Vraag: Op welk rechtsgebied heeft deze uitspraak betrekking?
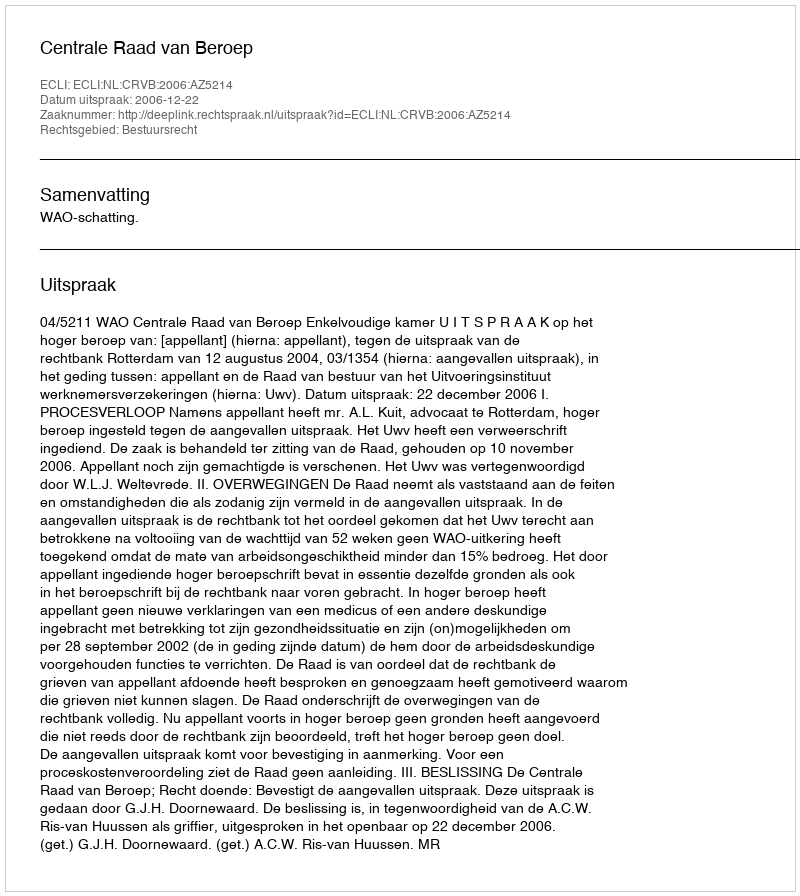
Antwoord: Bestuursrecht